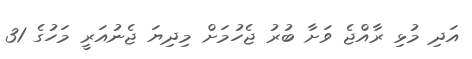
އަދި މުޅި ރާއްޖެ ވަށާ ބުރު ޖެހުމަށް މިދިޔަ ޖެނުއަރީ މަހުގެ 31